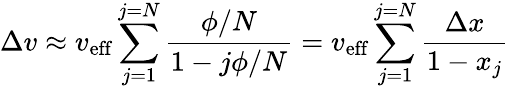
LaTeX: \Delta v\approx v_{\mathrm{{eff}}}\sum_{j=1}^{j=N}{\frac{\phi/N}{1-j\phi/N}}=v_{\mathrm{{eff}}}\sum_{j=1}^{j=N}{\frac{\Delta x}{1-x_{j}}}